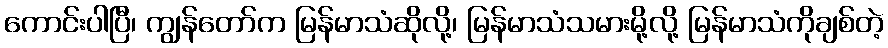
ကောင်းပါပြီ၊ ကျွန်တော်က မြန်မာသံဆိုလို့၊ မြန်မာသံသမားမို့လို့ မြန်မာသံကိုချစ်တဲ့